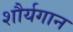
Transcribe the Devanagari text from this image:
शौर्यगान